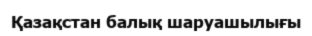
Қазақстан балық шаруашылығы